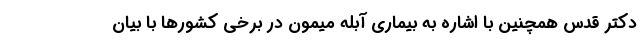
دکتر قدس همچنین با اشاره به بیماری آبله میمون در برخی کشورها با بیان